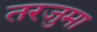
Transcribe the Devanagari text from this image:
तरजुमा